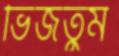
ভিজতুম